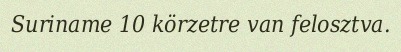
Suriname 10 körzetre van felosztva.